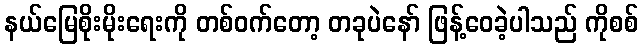
နယ်မြေစိုးမိုးရေးကို တစ်ဝက်တော့ တခုပဲနော် ဖြန့်ဝေခဲ့ပါသည် ကိုစစ်